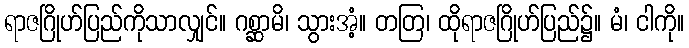
ရာဇဂြိုဟ်ပြည်ကိုသာလျှင်။ ဂစ္ဆာမိ၊ သွားအံ့။ တတြ၊ ထိုရာဇဂြိုဟ်ပြည်၌။ မံ၊ ငါကို။